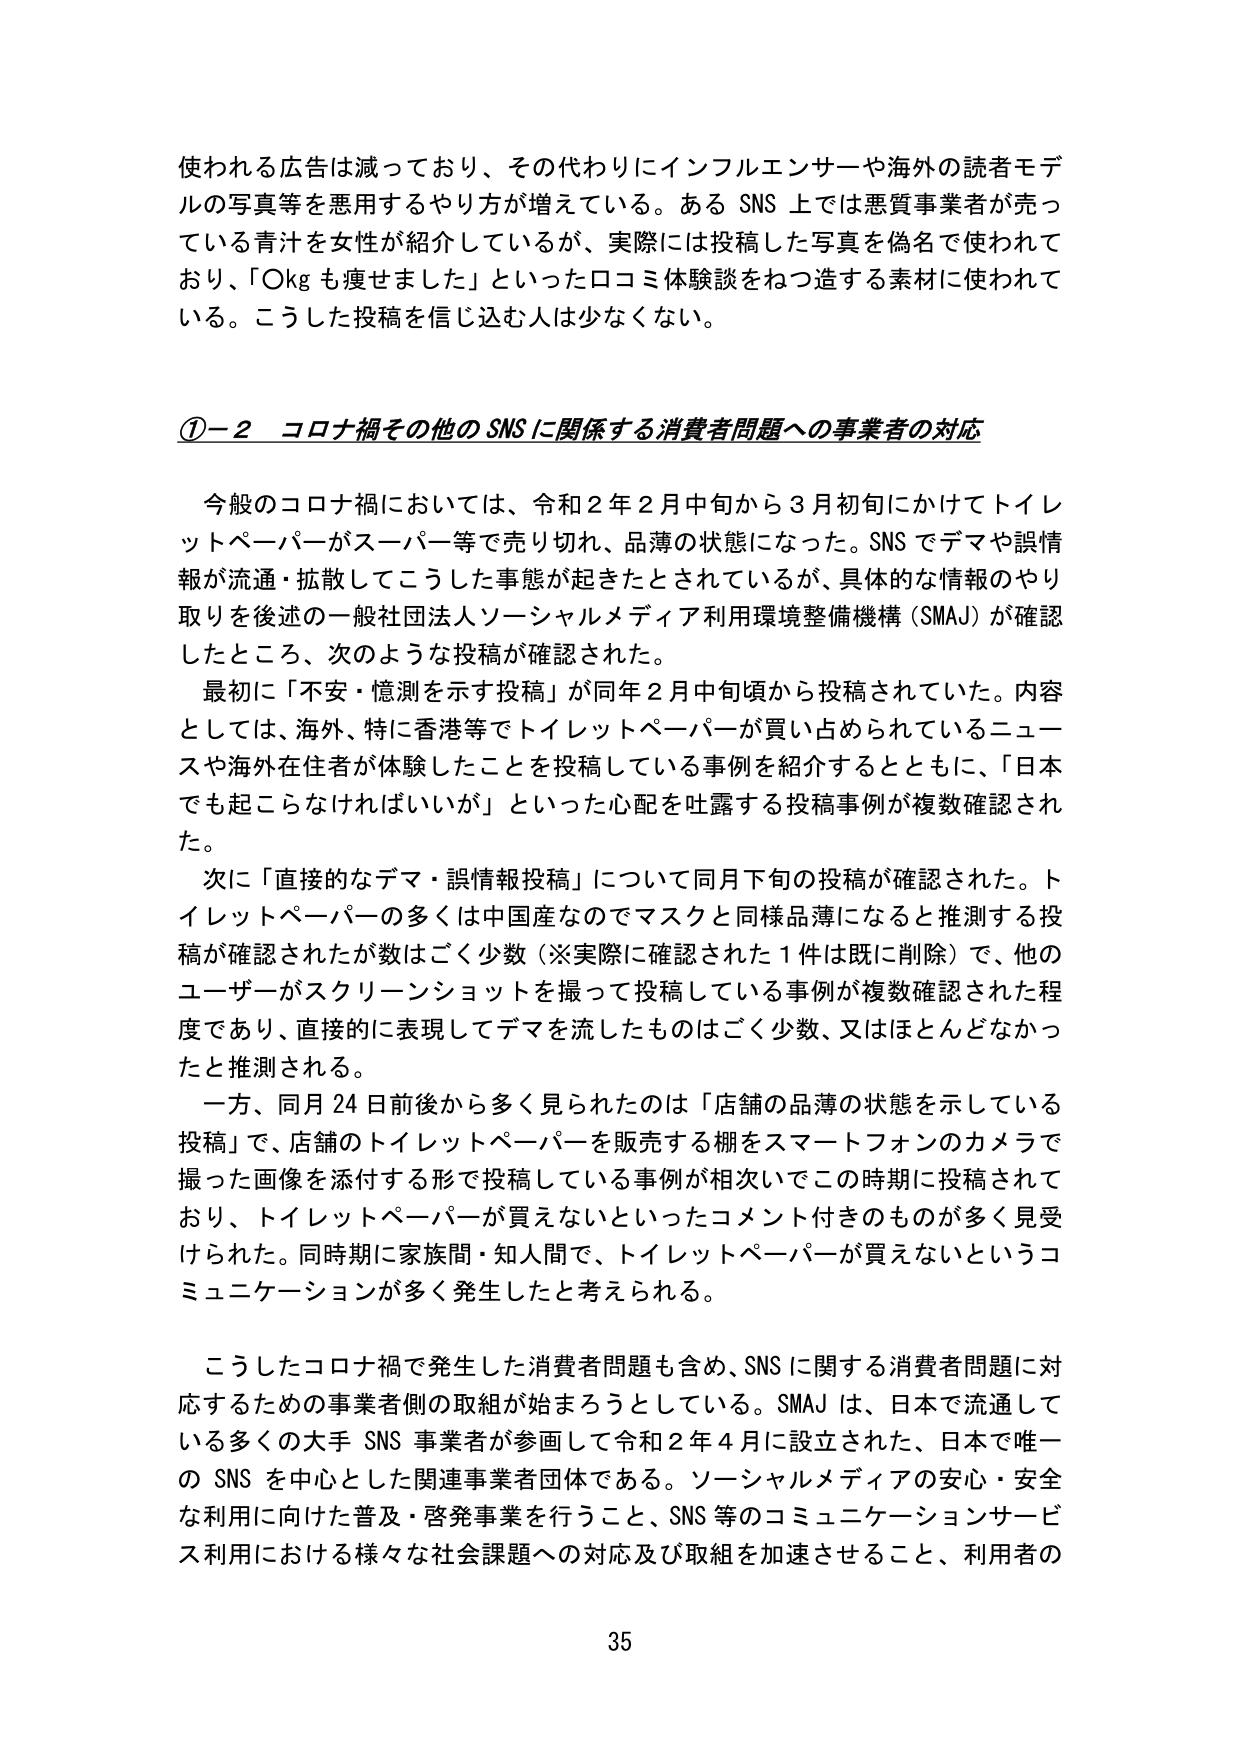
使われる広告は減っており、その代わりにインフルエンサーや海外の読者モデルの写真等を悪用するやり方が増えている。ある SNS 上では悪質事業者が売っている青汁を女性が紹介しているが、実際には投稿した写真を偽名で使われており、「〇kg も痩せました」といった口コミ体験談をねつ造する素材に使われている。こうした投稿を信じ込む人は少なくない。

①－２ コロナ禍その他のSNSに関係する消費者問題への事業者の対応

今般のコロナ禍においては、令和２年２月中旬から３月初旬にかけてトイレットペーパーがスーパー等で売り切れ、品薄の状態になった。SNS でデマや誤情報が流通・拡散してこうした事態が起きたとされているが、具体的な情報のやり取りを後述の一般社団法人ソーシャルメディア利用環境整備機構（SMAJ）が確認したところ、次のような投稿が確認された。

最初に「不安・憶測を示す投稿」が同年２月中旬頃から投稿されていた。内容としては、海外、特に香港等でトイレットペーパーが買い占められているニュースや海外在住者が体験したことを投稿している事例を紹介するとともに、「日本でも起こらなければいいが」といった心配を吐露する投稿事例が複数確認された。

次に「直接的なデマ・誤情報投稿」について同月下旬の投稿が確認された。トイレットペーパーの多くは中国産なのでマスクと同様品薄になると推測する投稿が確認されたが数はごく少数（※実際に確認された１件は既に削除）で、他のユーザーがスクリーンショットを撮って投稿している事例が複数確認された程度であり、直接的に表現してデマを流したものはごく少数、又はほとんどなかったと推測される。

一方、同月24日前後から多く見られたのは「店舗の品薄の状態を示している投稿」で、店舗のトイレットペーパーを販売する棚をスマートフォンのカメラで撮った画像を添付する形で投稿している事例が相次いでこの時期に投稿されており、トイレットペーパーが買えないといったコメント付きのものが多く見受けられた。同時期に家族間・知人間で、トイレットペーパーが買えないというコミュニケーションが多く発生したと考えられる。

こうしたコロナ禍で発生した消費者問題も含め、SNS に関する消費者問題に対応するための事業者側の取組が始まろうとしている。SMAJ は、日本で流通している多くの大手 SNS 事業者が参画して令和２年４月に設立された、日本で唯一の SNS を中心とした関連事業者団体である。ソーシャルメディアの安心・安全な利用に向けた普及・啓発事業を行うこと、SNS 等のコミュニケーションサービス利用における様々な社会課題への対応及び取組を加速させること、利用者の

35